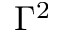
\Gamma ^ { 2 }